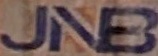
JNB